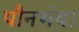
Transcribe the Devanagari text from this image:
पौनर्भव।